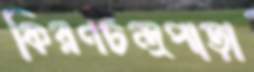
কিরণচন্দ্রপাড়া